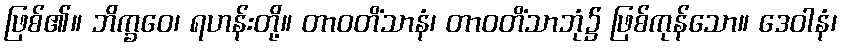
ဖြစ်၏။ ဘိက္ခဝေ၊ ရဟန်းတို့။ တာဝတိံသာနံ၊ တာဝတိံသာဘုံ၌ ဖြစ်ကုန်သော။ ဒေဝါနံ၊